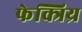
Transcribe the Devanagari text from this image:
फेक्त्रिय्र